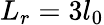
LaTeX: L_{r}=3l_{0}